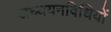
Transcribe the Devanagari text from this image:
अध्ययनविधियों